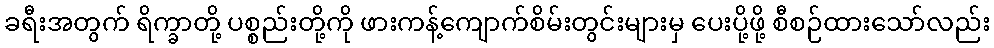
ခရီးအတွက် ရိက္ခာတို့ ပစ္စည်းတို့ကို ဖားကန့်ကျောက်စိမ်းတွင်းများမှ ပေးပို့ဖို့ စီစဉ်ထားသော်လည်း